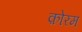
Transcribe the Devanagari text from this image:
क़ोरम